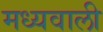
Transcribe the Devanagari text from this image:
मध्यवाली